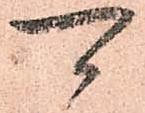
可